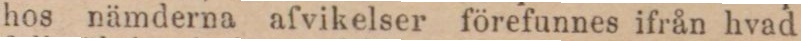
hos nämderna afvikelser förefunnes ifrån hvad